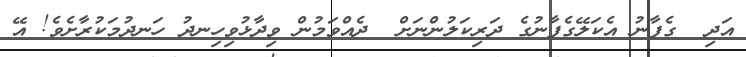
އަދި  ގެފާނު އެކަލޭގެފާނުގެ ދަރިކަލުންނަށް  ދެއްވަމުން ވިދާޅުވިހިނދު ހަނދުމަކުރާށެވެ! އޭ